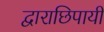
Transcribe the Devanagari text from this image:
द्वाराछिपायी